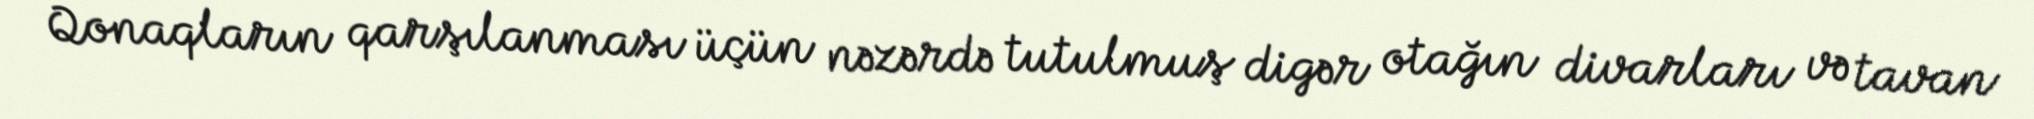
Qonaqların qarşılanması üçün nəzərdə tutulmuş digər otağın divarları və tavan